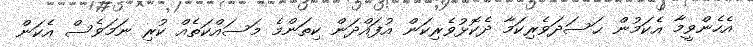
އެހެންވީމާ އެކަމުން ޙަސަދަވެރިކަމާ ދެކޮޅުވެރިކަން އުފައްދަން ކިތަންމެ މަސައްކަތެއް ކުރި ނަމަވެސް އެކަން